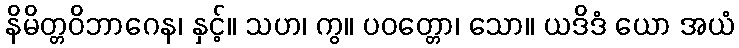
နိမိတ္တဝိဘာဂေန၊ နှင့်။ သဟ၊ ကွ။ ပဝတ္တော၊ သော။ ယဒိဒံ ယော အယံ